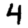
Digit: 4